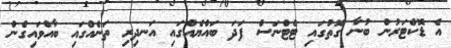
އެ ޑޮކްޓަރުން ބުނާ ގޮތުގައި ޓެޓްނަސް ފަދަ ބައްޔެއްގައި އަނދިރި ތަނެއްގައި ބާއްވައިގެން